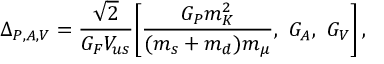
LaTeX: \Delta _ { P , A , V } = { \frac { \sqrt 2 } { G _ { F } V _ { u s } } } \bigg [ { \frac { G _ { P } m _ { K } ^ { 2 } } { ( m _ { s } + m _ { d } ) m _ { \mu } } } , ~ G _ { A } , ~ G _ { V } \bigg ] \, ,